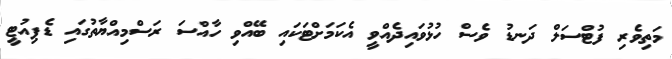
މަތިވެރި ފުޓްސަލް ދަނޑު ވެސް ހުޅުވައިދެއްވީ އެކަމަށްޓަކައި ބޭއްވި ހާއްސަ ރަސްމިއްޔާތުގައި ޑެޕިއުޓީ